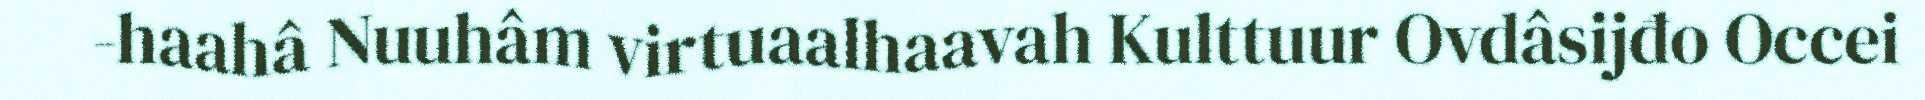
-haahâ Nuuhâm virtuaalhaavah Kulttuur Ovdâsijđo Occei